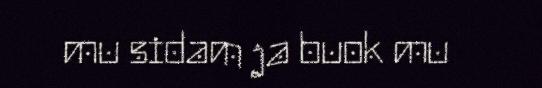
mu sidam ja buok mu